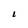
Character: L